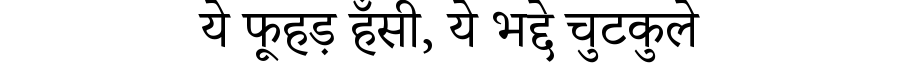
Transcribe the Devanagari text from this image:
ये फूहड़ हँसी, ये भद्दे चुटकुले